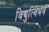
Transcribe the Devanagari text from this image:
विद्युत्विभव